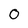
Character: O